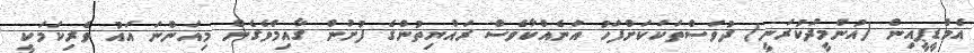
އެމްޑީޕީއިން (އުންމީދުކުރަނީ) ދުވަސްތަކަކަށްފަހު އަނެއްކާވެސް ރައްޔިތުންގެ ފުށުން ގާއިމްވެގެން މިއަންނަ އައު ވެރިކަމަކީ